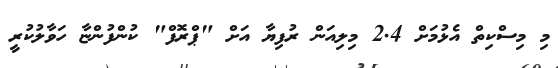
މި މިސްކިތް އެޅުމަށް 2.4 މިލިއަން ރުފިޔާ އަށް "ޕްރޮފް" ކުންފުންޏާ ހަވާލުކުރީ